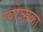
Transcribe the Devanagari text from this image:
स्वोज्सका